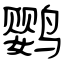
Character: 鹦